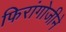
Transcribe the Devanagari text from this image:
फिरांगोजीने